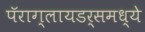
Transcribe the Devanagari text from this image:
पॅराग्लायडर्समध्ये